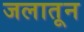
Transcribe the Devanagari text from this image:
जलातून